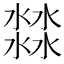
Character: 㵘